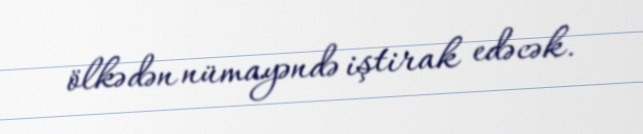
ölkədən nümayəndə iştirak edəcək.